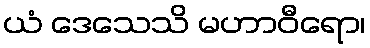
ယံ ဒေသေသိ မဟာဝီရော၊